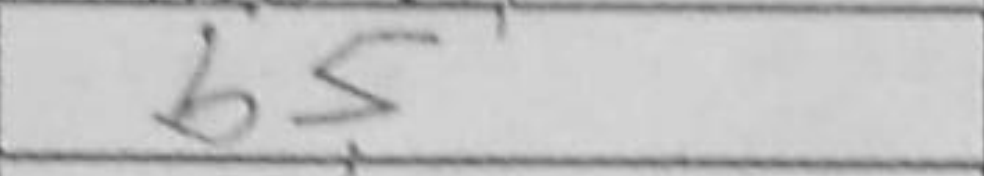
Transcription: b5